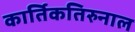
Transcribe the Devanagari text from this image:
कार्तिकतिरुनाल